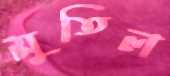
মুতিল